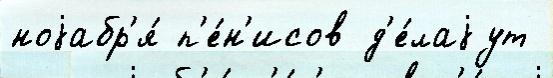
ноjабр'я́ п'е́н'исов д'е́лаjут